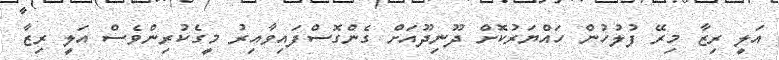
އަލީ ރިޒާ މިރޭ ފުލުހުން ހައްޔަރުކޮށް ދޫނިދޫއަށް ގެންގޮސްފައިވާއިރު މީގެކުރިންވެސް އަލީ ރިޒާ